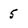
Character: 5